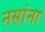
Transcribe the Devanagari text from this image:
नसांना